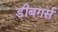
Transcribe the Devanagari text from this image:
डीबगर्स